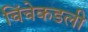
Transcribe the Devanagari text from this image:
चिंचेकडली